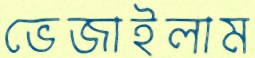
ভেজাইলাম